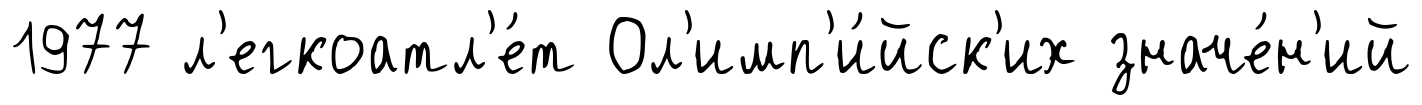
1977 л'егкоатл'е́т Ол'имп'и́йск'их значе́н'ий